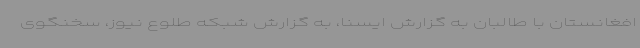
افغانستان با طالبان به گزارش ایسنا، به گزارش شبکه طلوع نیوز، سخنگوی